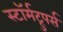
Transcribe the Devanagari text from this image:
स्टॉर्मट्रुपर्स